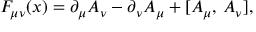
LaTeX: F _ { \mu \nu } ( x ) = \partial _ { \mu } A _ { \nu } - \partial _ { \nu } A _ { \mu } + [ A _ { \mu } , \, A _ { \nu } ] ,